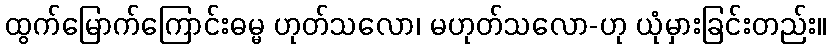
ထွက်မြောက်ကြောင်းဓမ္မ ဟုတ်သလော၊ မဟုတ်သလော-ဟု ယုံမှားခြင်းတည်း။